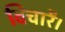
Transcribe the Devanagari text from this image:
विचारै।